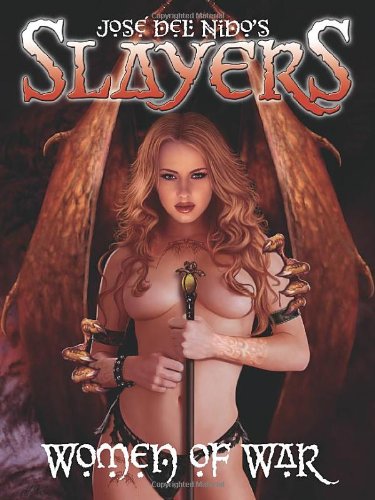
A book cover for Slayers: Woman of War; JosÃ© del Nido; Comics & Graphic Novels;